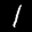
Label: 1